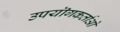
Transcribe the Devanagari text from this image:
उपयॊगकर्ताओ